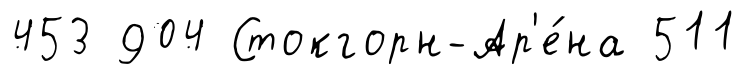
453 904 Стокгорн-Ар'е́на 511